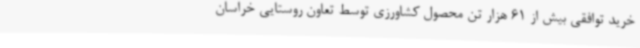
خرید توافقی بیش از 61 هزار تن محصول کشاورزی توسط تعاون روستایی خراسان